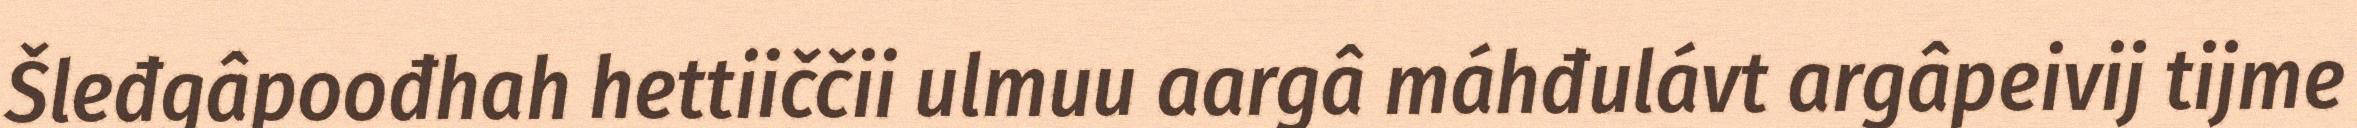
Šleđgâpoođhah hettiiččii ulmuu aargâ máhđulávt argâpeivij tijme